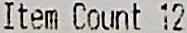
ITEM COUNT 12